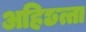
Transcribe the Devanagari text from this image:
अहिछत्ता